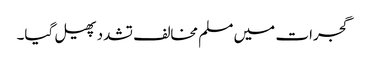
گجرات میں مسلم مخالف تشدد پھیل گیا۔